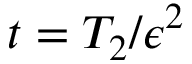
t = T _ { 2 } / \epsilon ^ { 2 }